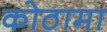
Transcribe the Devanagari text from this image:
कोठामा